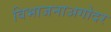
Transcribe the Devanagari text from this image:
विभाजनाअगोदर